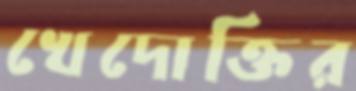
খেদোক্তির